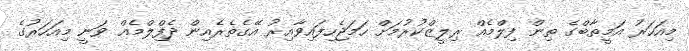
މިއަހަރު އަމީތާބްގެ ތިން ފިލްމެއް ރިލީޒްކުރުމަށް ހަމަޖެހިފައިވާއިރު އޭގެތެރެއިން ދެފިްލްމެއް ވަނީ މިއަހަރުގެ